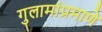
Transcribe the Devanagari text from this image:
गुलामांप्रमाणे